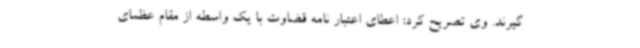
گیرند. وی تصریح کرد: اعطای اعتبار نامه قضاوت با یک واسطه از مقام عظمای